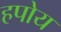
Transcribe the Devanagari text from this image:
हपोय